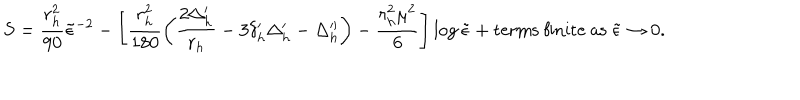
S = \frac { r _ { h } ^ { 2 } } { 9 0 } { \tilde { \epsilon } } ^ { - 2 } - \left[ \frac { r _ { h } ^ { 2 } } { 1 8 0 } \left( \frac { 2 \Delta _ { h } ^ { \prime } } { r _ { h } } - 3 \delta _ { h } ^ { \prime } \Delta _ { h } ^ { \prime } - \Delta _ { h } ^ { \prime \prime } \right) - \frac { r _ { h } ^ { 2 } \mu ^ { 2 } } { 6 } \right] \log { \tilde { \epsilon } } + { \mathrm { t e r m s ~ f i n i t e ~ a s ~ } } { \tilde { \epsilon } } \rightarrow 0 .